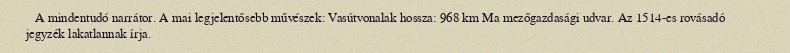
A mindentudó narrátor. A mai legjelentősebb művészek: Vasútvonalak hossza: 968 km Ma mezőgazdasági udvar. Az 1514-es rovásadó jegyzék lakatlannak írja.